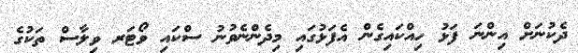
ދެކުނަށް އިންނަ ފަޅު ހިއްކައިގެން އެފަޅުގައި މިދެންނެވުނު ސްކައި ވޯޓަރ ވިލާސް ތަކުގެ